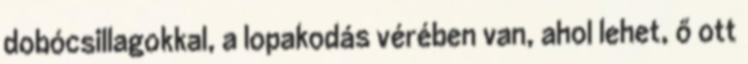
dobócsillagokkal, a lopakodás vérében van, ahol lehet, ő ott